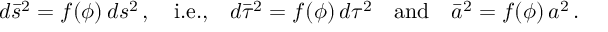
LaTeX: d \bar { s } ^ { 2 } = f ( \phi ) \, d s ^ { 2 } \, , \quad \mathrm { i . e . , } \quad d \bar { \tau } ^ { 2 } = f ( \phi ) \, d \tau ^ { 2 } \quad \mathrm { a n d } \quad \bar { a } ^ { 2 } = f ( \phi ) \, a ^ { 2 } \, .